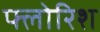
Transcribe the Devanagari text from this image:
फ्लोरिश